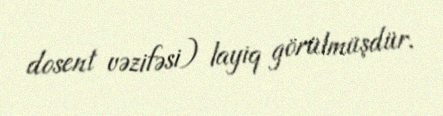
dosent vəzifəsi) layiq görülmüşdür.